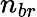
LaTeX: n_{br}